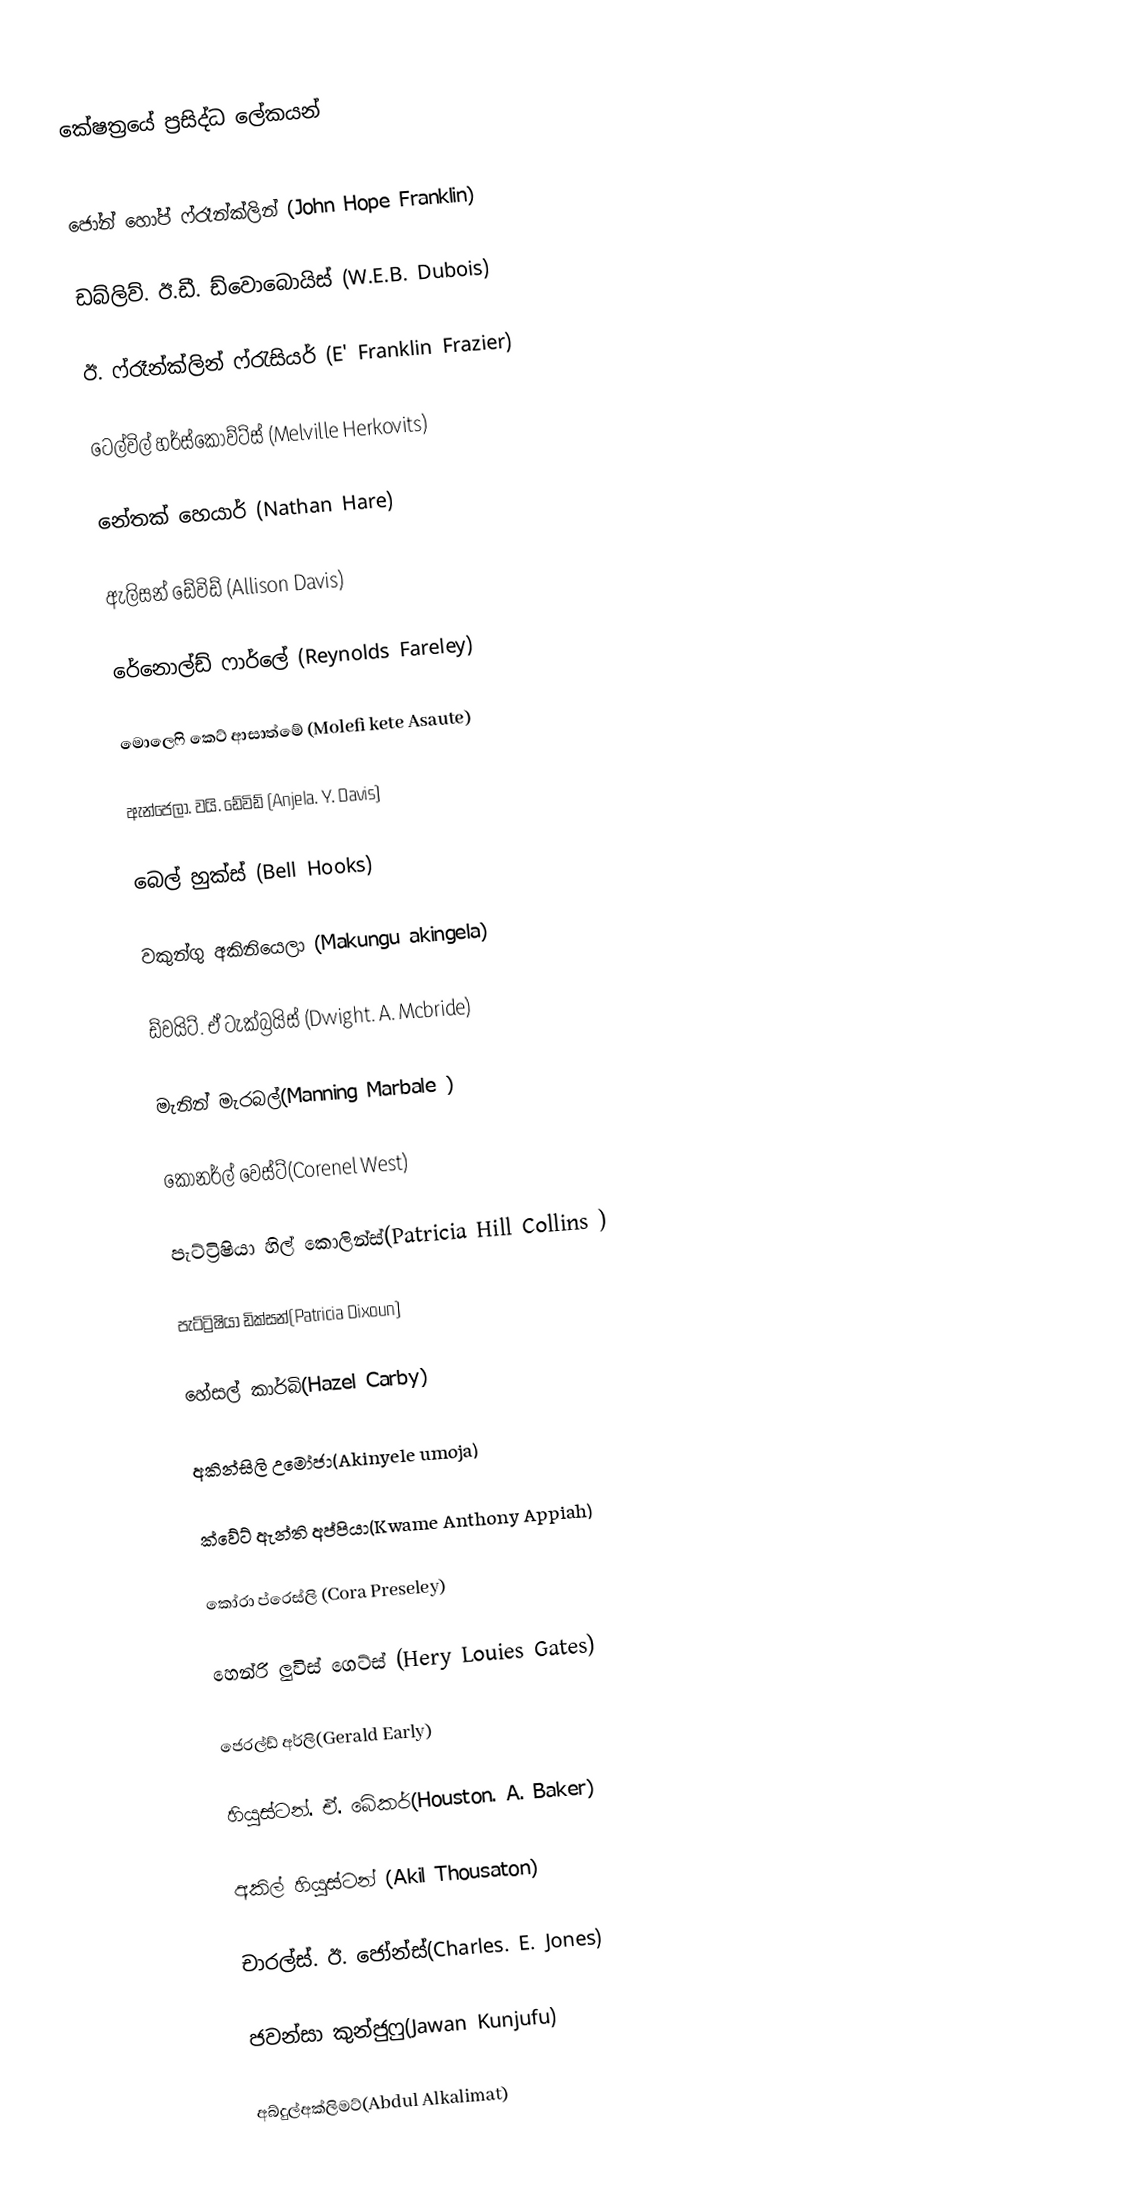
කේෂත්‍රයේ ප්‍රසිද්ධ ලේකයන්

ජෝන් හෝප් ෆ්රෑන්ක්ලින්	(John Hope Franklin)

ඩබ්ලිව්. ඊ.ඩී. ඩ්වොබොයිස්	(W.E.B. Dubois)

ඊ. ෆ්රෑන්ක්ලින් ෆ්රැසියර්	(E' Franklin Frazier)

ටෙල්විල් හර්ස්කොව්ට්ස්	(Melville Herkovits)

නේතක් හෙයාර්	(Nathan Hare)

ඇලිසන් ඩේවිඩ්	(Allison Davis)

රේනොල්ඩ් ෆාර්ලේ	(Reynolds Fareley)

මොලෙෆි කෙට් ආසාත්මේ	(Molefi kete Asaute)

ඇන්ජෙලා. වයි. ඩේවිඩ්	(Anjela. Y. Davis)

බෙල් හුක්ස්	(Bell Hooks)

වකුන්ගු අකිනියෙලා	(Makungu akingela)

ඩ්වයිට්. ඒ ටැක්බ්‍රයිස්	(Dwight. A. Mcbride)

මැනින් මැරබල්(Manning Marbale )

කෝනර්ල් වෙස්ට්(Corenel West)

පැට්ට්‍රිෂියා හිල් කොලින්ස්(Patricia Hill Collins )

පැට්ට්‍රිෂියා ඩික්සන්(Patricia Dixoun)

හේසල් කාර්බි(Hazel Carby)

අකින්සිලි උමෝජා(Akinyele umoja)

ක්වේට් ඇන්ති අප්පියා(Kwame Anthony Appiah)

කෝරා ප්රෙස්ලි (Cora Preseley)

හෙන්රි ලුවිස් ගෙට්ස් (Hery Louies Gates)

ජෙරල්ඩ් අර්ලි(Gerald Early)

හියුස්ටන්. ඒ. බේකර්(Houston. A. Baker)

අකිල් හියුස්ටන් (Akil Thousaton)

චාරල්ස්. ඊ. ජෝන්ස්(Charles. E. Jones)

ජවන්සා කුන්ජුෆු(Jawan Kunjufu)

අබ්දුල්අක්ලිමට්(Abdul Alkalimat)